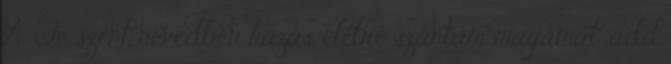
A Te szent nevedben házas életre szántam magamat, add